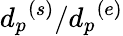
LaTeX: {d_{p}}^{(s)}/{d_{p}}^{(e)}